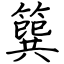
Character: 簨